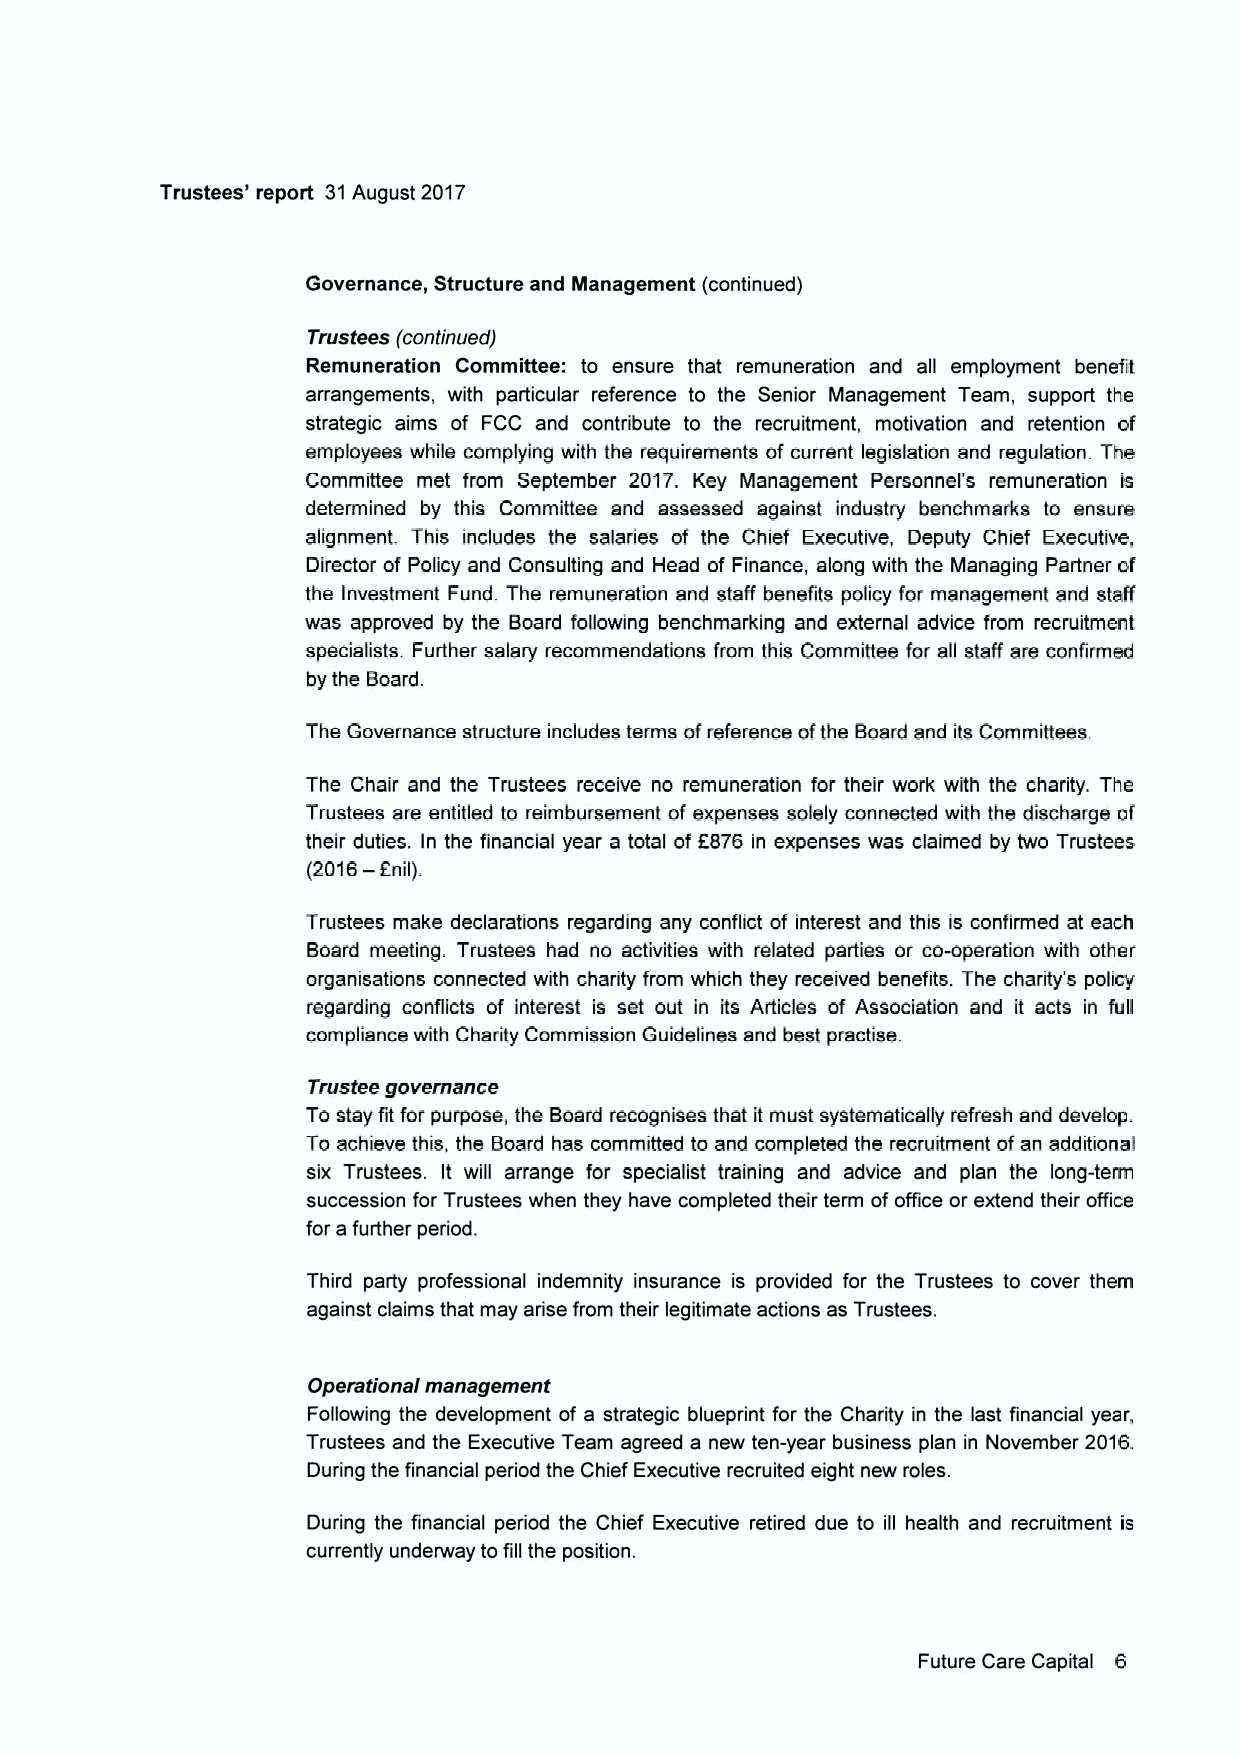
Trustees' report 31August 2017
 Governance, Structure and Management (continued)
 Trustees (continued)
 Remuneration Committee: to ensure that remuneration and all employment benefit
 arrangements, with particular reference to the Senior Management Team, support the
 strategic aims of FCC and contribute to the recruitment, motivation and retention of
 employees while complying with the requirements of current legislation snd regulation The
 Committee met from September 2017. Key Management Personnel's remuneration is
 determined by this Committee and assessed against industry benchmarks to ensure
 alignment. This includes the salaries of the Chief Executive, Deputy Chief Executive,
 Director of Policy and Consulting and Head of Finance, along with the Managing Partner of
 the Investment Fund The remuneration and staff benefrts policy for management and staff
 was approved by the Board following benchmarking and external advice from recruitment
 specialists. Further salary recommendations from this Committee for all staff are confirmed
 by the Board.
 The Governance structure includes terms ofreference ofthe Board and its Committees,
 The Chair and the Trustees receive no remuneration for their work with the charity. The
 Trustees are entitled to reimbursement of expenses solely connected with the discharge of
 their duties. In the financial year a total of6876 in expenses was claimed by two Trustees
 (2016—6nil).
 Trustees make declarations regarding any conflict of interest and this is confirmed at each
 Board meeting. Trustees had no activities with related parties or cooperation with other
 organisations connected with charity from which they received benefits. The charity's policy
 regarding conflicts of interest is set out in its Articles of Association and it acts in full
 compliance with Charity Commission Guidelines and best practise.
 Trustee governance
 Tostay fit for purpose, the Board recognises that it must systematically refresh and develop.
 To achieve this, the Board has committed to and completed the recruitment ofan additional
 six Trustees. It will arrange for specialist tnsining and advice and plan the long-term
 succession for Trustees when they have completed their term ofoffice or extend their office
 for a further period.
 Third party professional indemnity insurance is provided for the Trustees to cover them
 against claims that may arise from their legitimate actions as Trustees.
 Operationsf management
 Following the development of a strategic blueprint for the Charity in the last financial year,
 Trustees and the Executive Team agreed a new ten-year business plan in ftovember 2016.
 During the financial period the Chief Executive recruited eight new roles
 During the financial period the Chief Executive retired due to ill health and recruitment is
 currently underway tofill the position.
 Future Care Capital 6